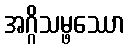
အဂ္ဂိသမ္ဖဿော